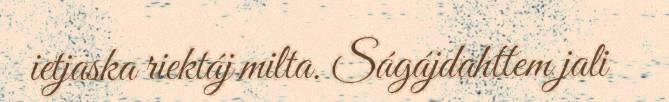
ietjaska riektáj milta. Ságájdahttem jali